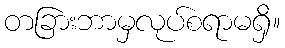
တခြားဘာမှလုပ်စရာမရှိ။